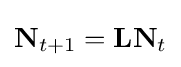
\mathbf {N} _{t+1}=\mathbf {L} \mathbf {N} _{t}